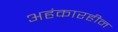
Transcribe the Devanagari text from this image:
अहंकारहीन